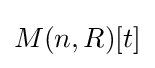
M(n,R)[t]